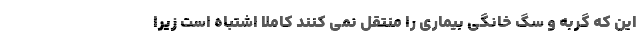
این که گربه و سگ خانگی بیماری را منتقل نمی کنند کاملا اشتباه است زیرا